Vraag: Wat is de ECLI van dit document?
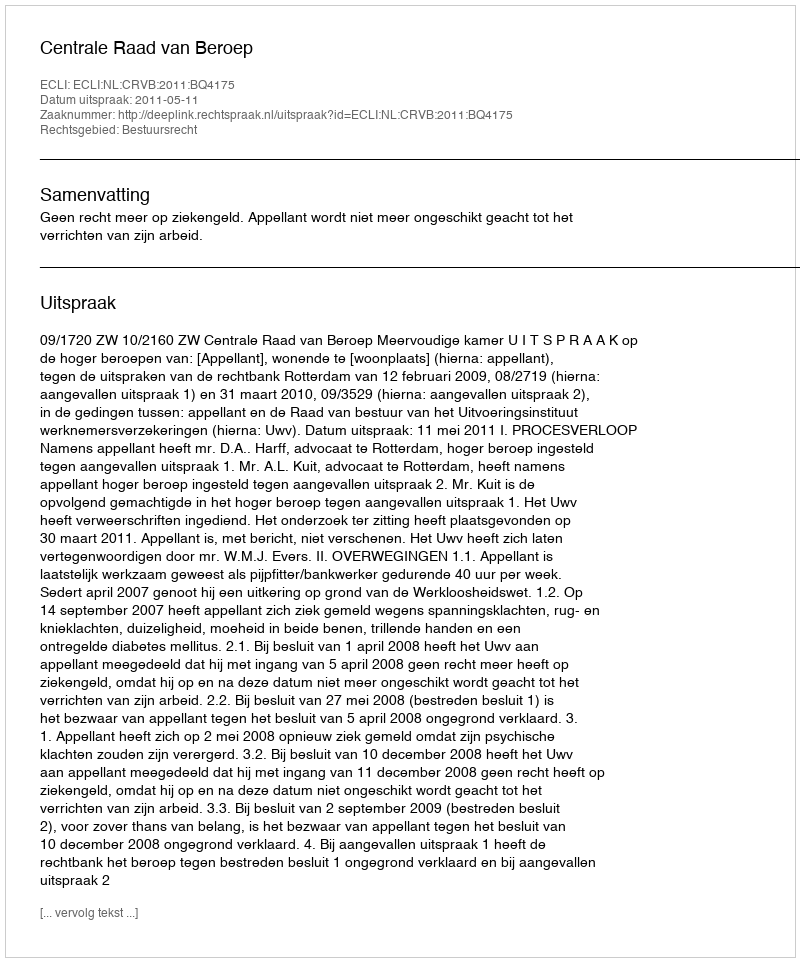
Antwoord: ECLI:NL:CRVB:2011:BQ4175